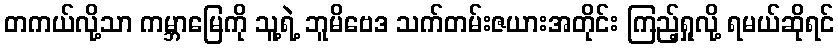
တကယ်လို့သာ ကမ္ဘာမြေကို သူ့ရဲ့ ဘူမိဗေဒ သက်တမ်းဇယားအတိုင်း ကြည့်ရှုလို့ ရမယ်ဆိုရင်